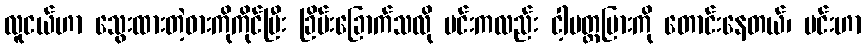
လူငယ်ဟာ သွေးထားတဲ့ဓားကိုကိုင်ပြီး ခြိမ်းခြောက်သလို မင်းကလည်း ငါ့ပတ္တမြားကို တောင်းနေတယ်၊ မင်းဟာ